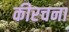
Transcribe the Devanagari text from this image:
कीरचना